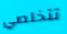
تتخلصي